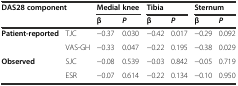
| <ROWSPAN=2-COLSPAN=2> DAS28 component | <COLSPAN=2> Medial knee | <COLSPAN=2> Tibia | <COLSPAN=2> Sternum |
 | β | P | β | P | β | P |
 | --- | --- | --- | --- | --- | --- | --- | --- |
 | <ROWSPAN=2> Patient-reported | TJC | −0.37 | 0.030 | −0.42 | 0.017 | −0.29 | 0.092 |
 | VAS-GH | −0.33 | 0.047 | −0.22 | 0.195 | −0.38 | 0.029 |
 | <ROWSPAN=2> Observed | SJC | −0.08 | 0.539 | −0.03 | 0.842 | −0.05 | 0.719 |
 | ESR | −0.07 | 0.614 | −0.22 | 0.134 | −0.10 | 0.950 |